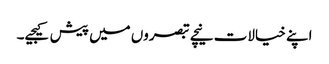
اپنے خیالات نیچے تبصروں میں پیش کیجیے۔